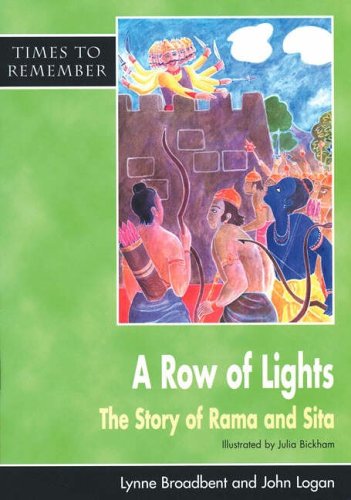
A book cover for A Row of Lights: Pupils' Book: The Story of Rama and Sita (Times to Remember); Lynne Broadbent; Children's Books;